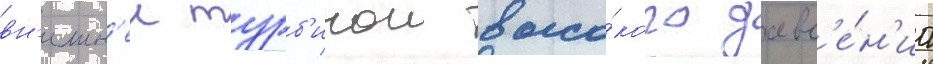
вн'ешн'еи турб'инои высо́кого давл'е́н'иа